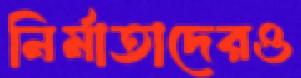
নির্মাতাদেরও